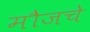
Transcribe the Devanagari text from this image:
मौजचे